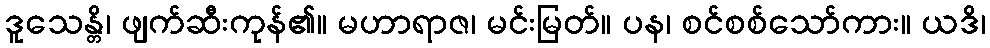
ဒူသေန္တိ၊ ဖျက်ဆီးကုန်၏။ မဟာရာဇ၊ မင်းမြတ်။ ပန၊ စင်စစ်သော်ကား။ ယဒိ၊